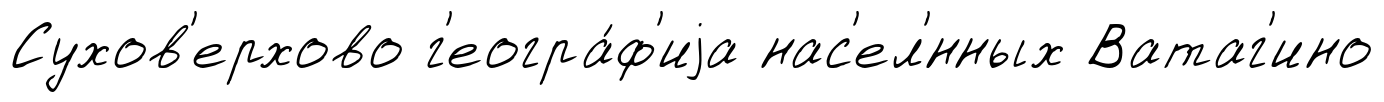
Сухов'ерхово г'еогра́ф'иjа нас'ел'́нных Ватаг'ино